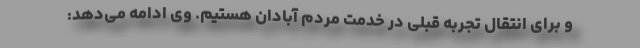
و برای انتقال تجربه قبلی در خدمت مردم آبادان هستیم. وی ادامه می‌دهد: